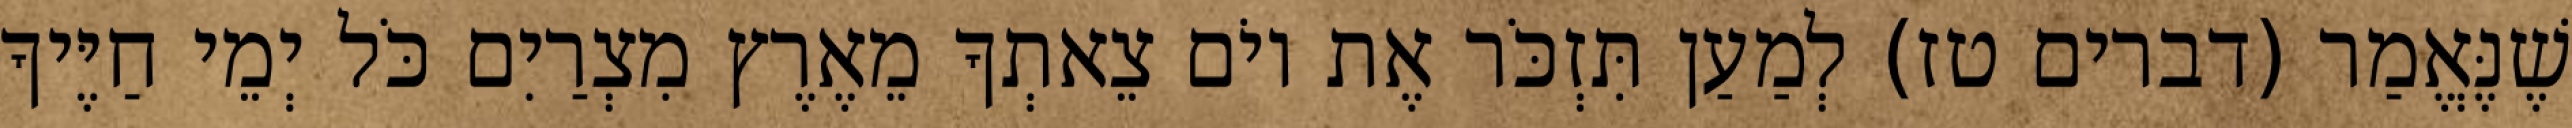
שֶׁנֶּאֱמַר (דברים טז) לְמַעַן תִּזְכֹּר אֶת יוֹם צֵאתְךָ מֵאֶרֶץ מִצְרַיִם כֹּל יְמֵי חַיֶּיךָ